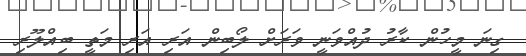
ގިނަ މީހުން ކާރު ދުއްވަނީ ވަރަށް ލޯބިން އަރި އަރި މަތީ ބިއްލޫރި